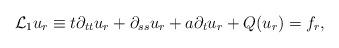
LaTeX: \begin{align*}\mathcal{L}_1u_r\equiv t\partial_{tt}u_r+\partial_{ss}u_r+a\partial_tu_r+Q(u_r)=f_r,\end{align*}